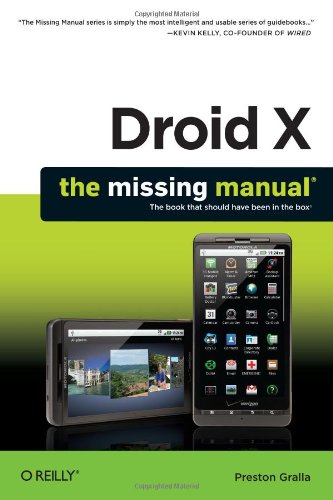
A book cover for Droid X: The Missing Manual (Missing Manuals); Preston Gralla; Computers & Technology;